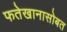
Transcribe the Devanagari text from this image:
फतेखानासोबत